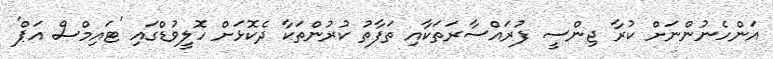
އަންހެނުންނަށް ކުރާ ޖިންސީ ފުރައްސާރަތަކާއި ތަފާތު ކުރުންތަކާ ދެކޮޅަށް ހޮލީވުޑްގައި 'ޓައިމްސް އަޕް'